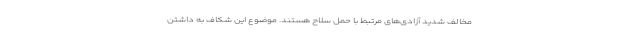
مخالف شدید آزادی‌های مرتبط با حمل سلاح هستند. موضوع این شکاف به داشتن